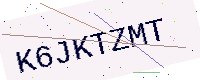
Text: K6JKTZMT